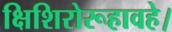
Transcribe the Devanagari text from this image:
क्षिशिरोरूहावहे।